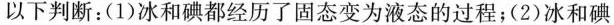
以下判断：(1)冰和碘都经历了固态变为液态的过程；(2)冰和碘